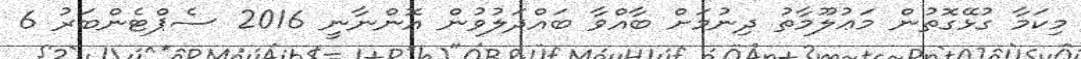
މިކަމާ ގުޅޭގޮތުން މަޢުލޫމާތު ދިނުމަށް ބާއްވާ ބައްދަލުވުން އޮންނާނީ 2016 ސެޕްޓެންބަރު 6